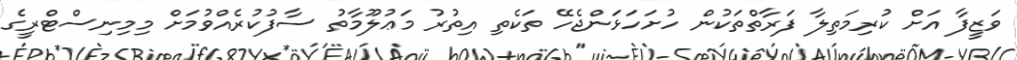
ވަޒީފާ އަށް ކުރިމަތިލާ ފަރާތްތަކުން ހުށަހަޅަންޖެހޭ ތަކެތި އިތުރު މަޢުލޫމާތު ސާފުކުރެއްވުމަށް މިމިނިސްޓްރީގެ